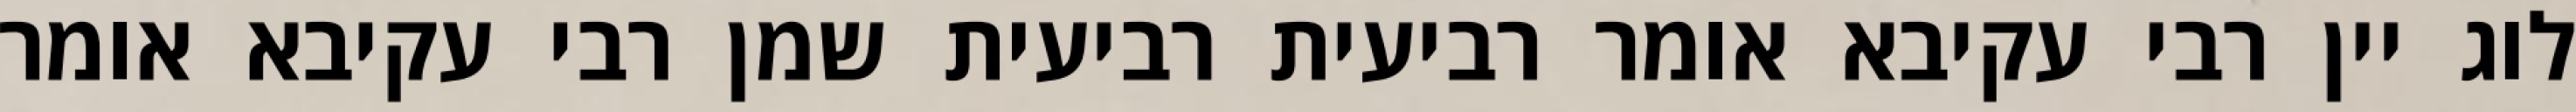
לוג יין רבי עקיבא אומר רביעית רביעית שמן רבי עקיבא אומר